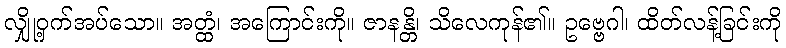
လျှို့ဝှက်အပ်သော။ အတ္ထံ၊ အကြောင်းကို။ ဇာနန္တိ၊ သိလေကုန်၏။ ဥဗ္ဗေဂါ၊ ထိတ်လန့်ခြင်းကို